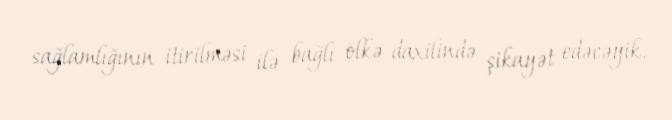
sağlamlığının itirilməsi ilə bağlı ölkə daxilində şikayət edəcəyik.